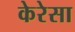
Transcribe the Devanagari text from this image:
केरेसा